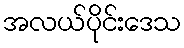
အလယ်ပိုင်းဒေသ